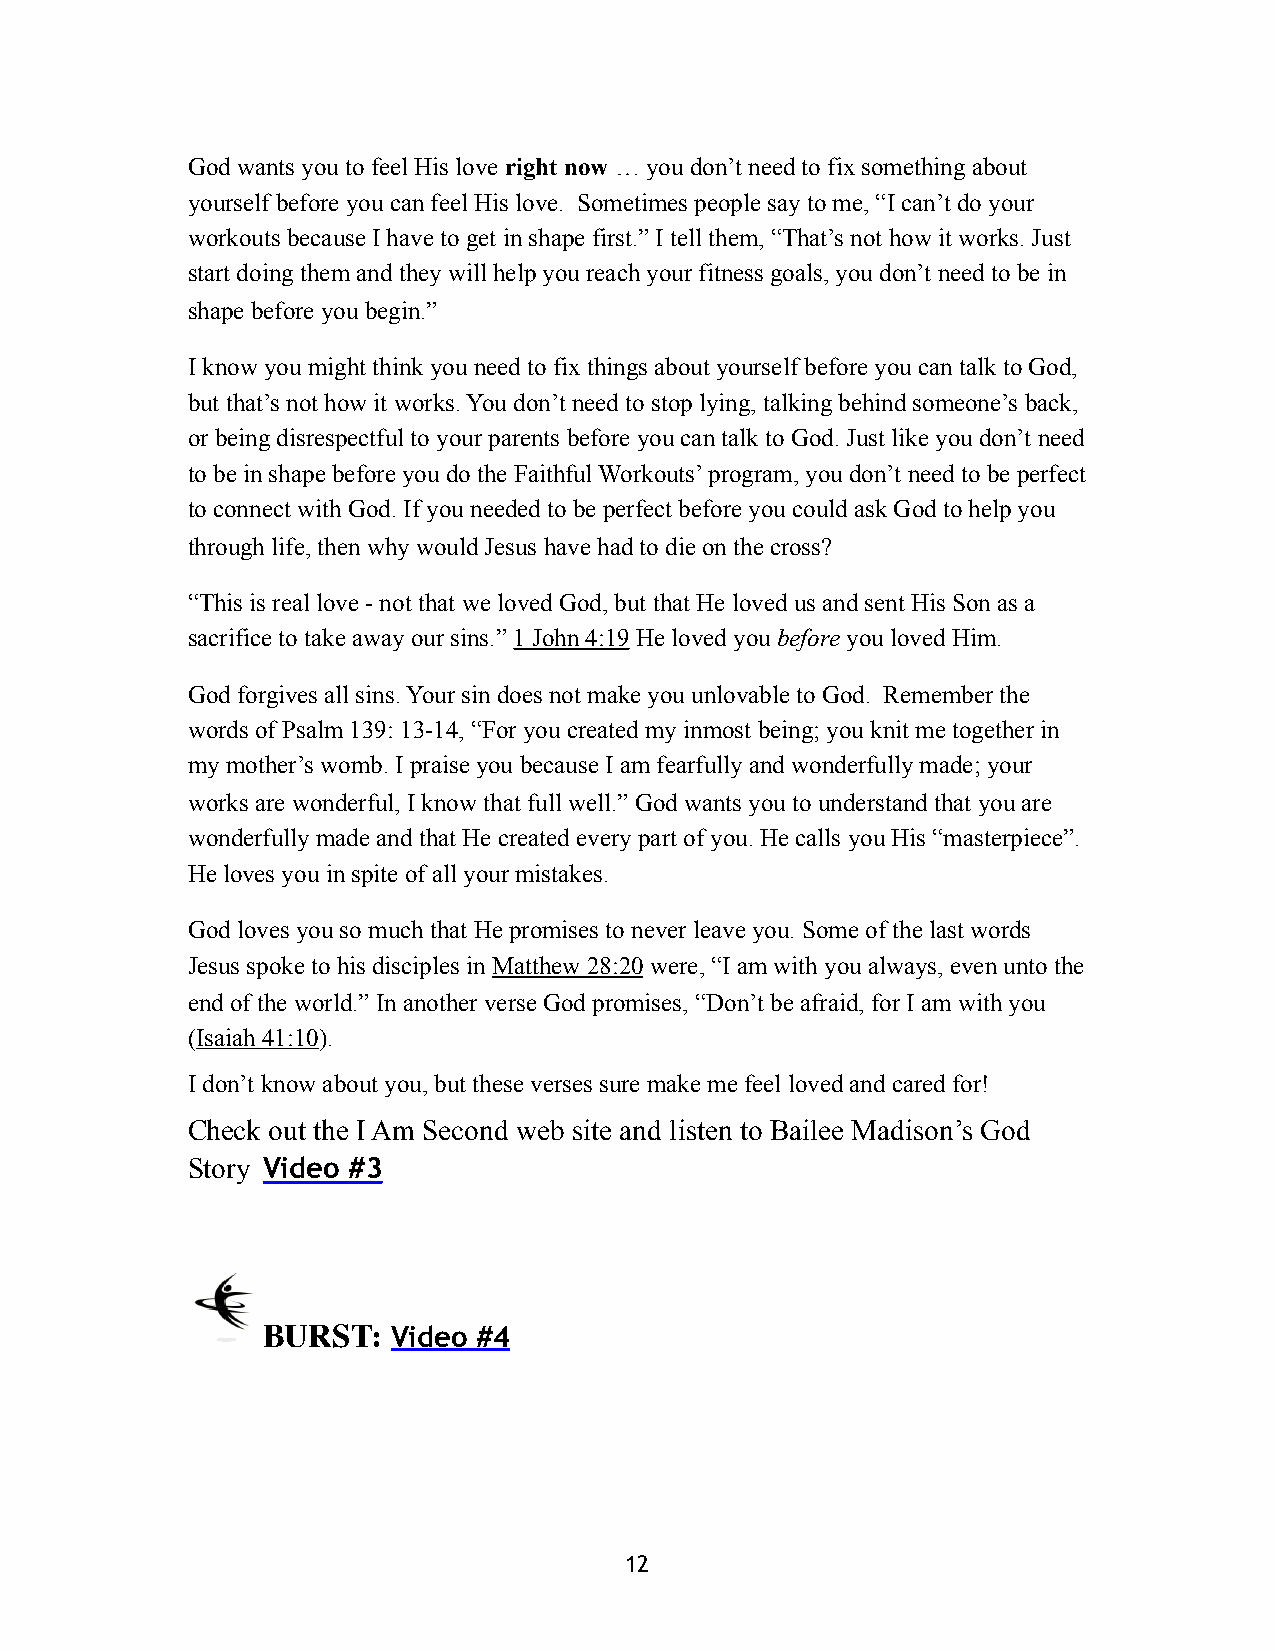
God wants you to feel His love right now … you don’t need to fix something about
 yourself before you can feel His love. Sometimes people say to me, “I can’t do your
 workouts because I have to get in shape first.” I tell them, “That’s not how it works. Just
 start doing them and they will help you reach your fitness goals, you don’t need to be in
 shape before you begin.”
 I know you might think you need to fix things about yourself before you can talk to God,
 but that’s not how it works. You don’t need to stop lying, talking behind someone’s back,
 or being disrespectful to your parents before you can talk to God. Just like you don’t need
 to be in shape before you do the Faithful Workouts’ program, you don’t need to be perfect
 to connect with God. If you needed to be perfect before you could ask God to help you
 through life, then why would Jesus have had to die on the cross?
 “This is real love - not that we loved God, but that He loved us and sent His Son as a
 sacrifice to take away our sins.” 1 John 4:19 He loved you before you loved Him.
 God forgives all sins. Your sin does not make you unlovable to God. Remember the
 words of Psalm 139: 13-14, “For you created my inmost being; you knit me together in
 my mother’s womb. I praise you because I am fearfully and wonderfully made; your
 works are wonderful, I know that full well.” God wants you to understand that you are
 wonderfully made and that He created every part of you. He calls you His “masterpiece”.
 He loves you in spite of all your mistakes.
 God loves you so much that He promises to never leave you. Some of the last words
 Jesus spoke to his disciples in Matthew 28:20 were, “I am with you always, even unto the
 end of the world.” In another verse God promises, “Don’t be afraid, for I am with you
 (Isaiah 41:10).
 I don’t know about you, but these verses sure make me feel loved and cared for!
 Check out the I Am Second web site and listen to Bailee Madison’s God
 Story Video #3
     BURST:   Video #4
 12